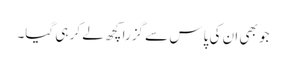
جو بھی ان کی پاس سے گزرا کچھ لے کر ہی گیا۔